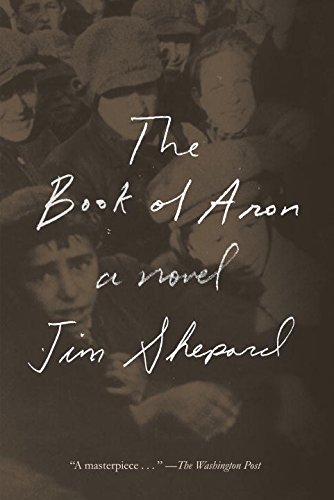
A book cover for The Book of Aron: A novel; Jim Shepard; Literature & Fiction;